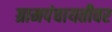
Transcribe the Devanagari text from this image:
ग्रामपंचायतीवर